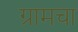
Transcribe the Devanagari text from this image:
ग्रामचा